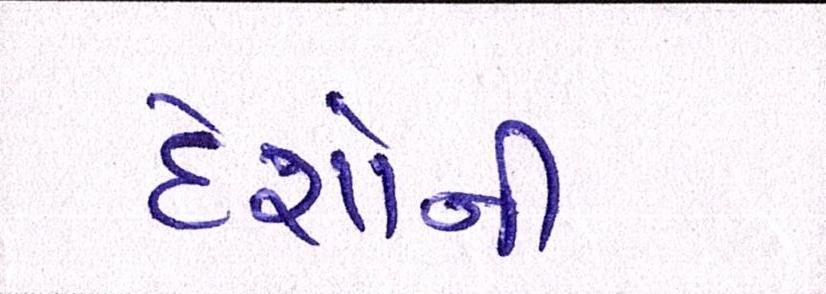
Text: દેશોની